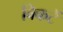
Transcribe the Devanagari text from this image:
विकटें